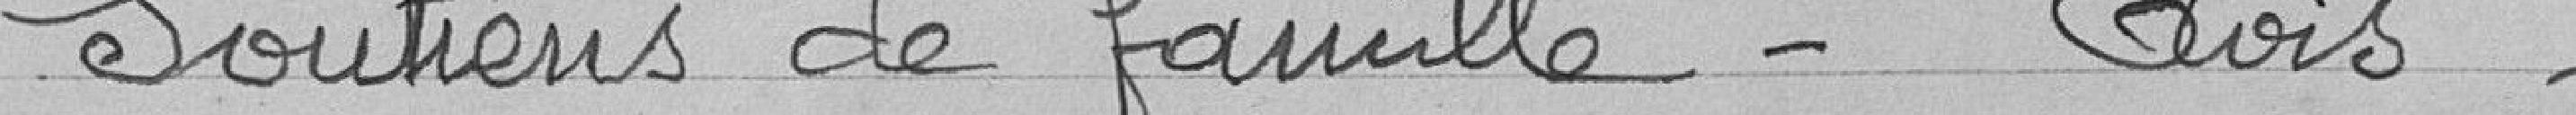
Soutiens de famille - Avis -